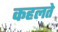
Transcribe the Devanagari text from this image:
कहलते